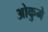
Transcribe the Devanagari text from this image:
ओकुमे